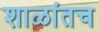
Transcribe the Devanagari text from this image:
शाळांतच